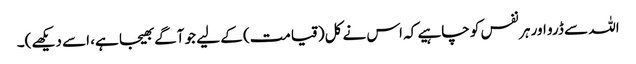
اللہ سے ڈرو اور ہر نفس کو چاہیے کہ اس نے کل(قیامت) کے لیے جو آگے بھیجا ہے، اسے دیکھے)۔